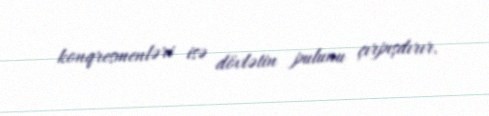
konqresmenləri isə dövlətin pulunu çırpışdırır.